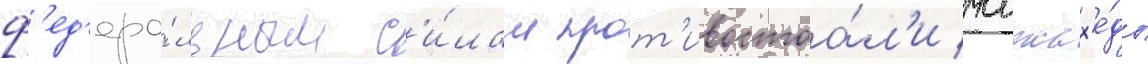
ф'ед'ера́льным с'и́лам прот'ивостоа́л'и моджах'е́ды